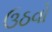
ઉઠવો